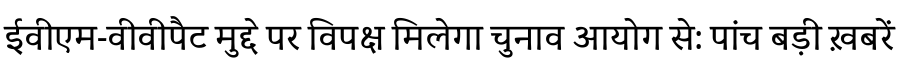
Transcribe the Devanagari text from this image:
ईवीएम-वीवीपैट मुद्दे पर विपक्ष मिलेगा चुनाव आयोग से: पांच बड़ी ख़बरें